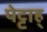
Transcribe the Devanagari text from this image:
पेट्टाह्